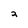
Character: 2